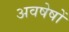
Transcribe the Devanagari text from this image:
अवषेषों